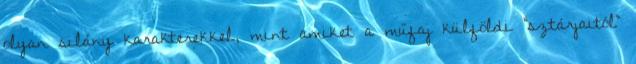
olyan silány karakterekkel, mint amiket a műfaj külföldi "sztárjaitól"